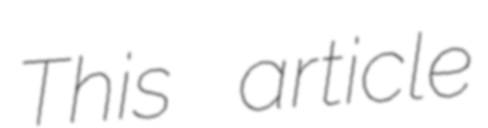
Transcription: This article